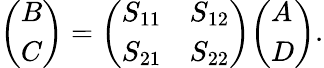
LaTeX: {\left(\begin{array}{l}{B}\\ {C}\end{array}\right)}={\left(\begin{array}{ll}{S_{11}}&{S_{12}}\\ {S_{21}}&{S_{22}}\end{array}\right)}{\left(\begin{array}{l}{A}\\ {D}\end{array}\right)}.